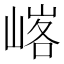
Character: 𪩄